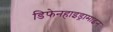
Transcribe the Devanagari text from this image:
डिफेनहाइड्रामाइन